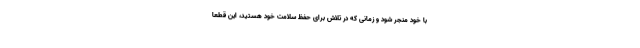
با خود منجر شود و زمانی که در تلاش برای حفظ سلامت خود هستید، این قطعا